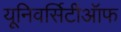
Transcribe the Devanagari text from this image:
यूनिवर्सिटीऑफ